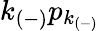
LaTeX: k_{(-)}p_{k_{(-)}}